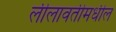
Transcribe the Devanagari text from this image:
लीलावतीमधील